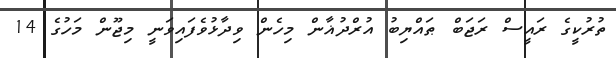
ތުރުކީގެ ރައީސް ރަޖަބް ޠައްޔިބު އުރްދުޣާން މިހެން ވިދާޅުވެފައިވަނީ މިޖޫން މަހުގެ 14